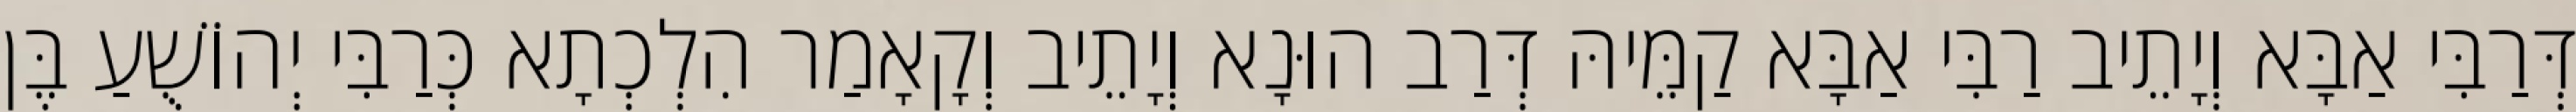
דְּרַבִּי אַבָּא וְיָתֵיב רַבִּי אַבָּא קַמֵּיהּ דְּרַב הוּנָא וְיָתֵיב וְקָאָמַר הִלְכְתָא כְּרַבִּי יְהוֹשֻׁעַ בֶּן